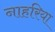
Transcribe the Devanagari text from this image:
नाहरिया